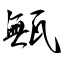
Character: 甒